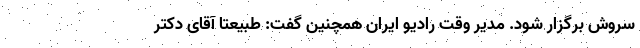
سروش برگزار شود. مدیر وقت رادیو ایران همچنین گفت: طبیعتا آقای دکتر